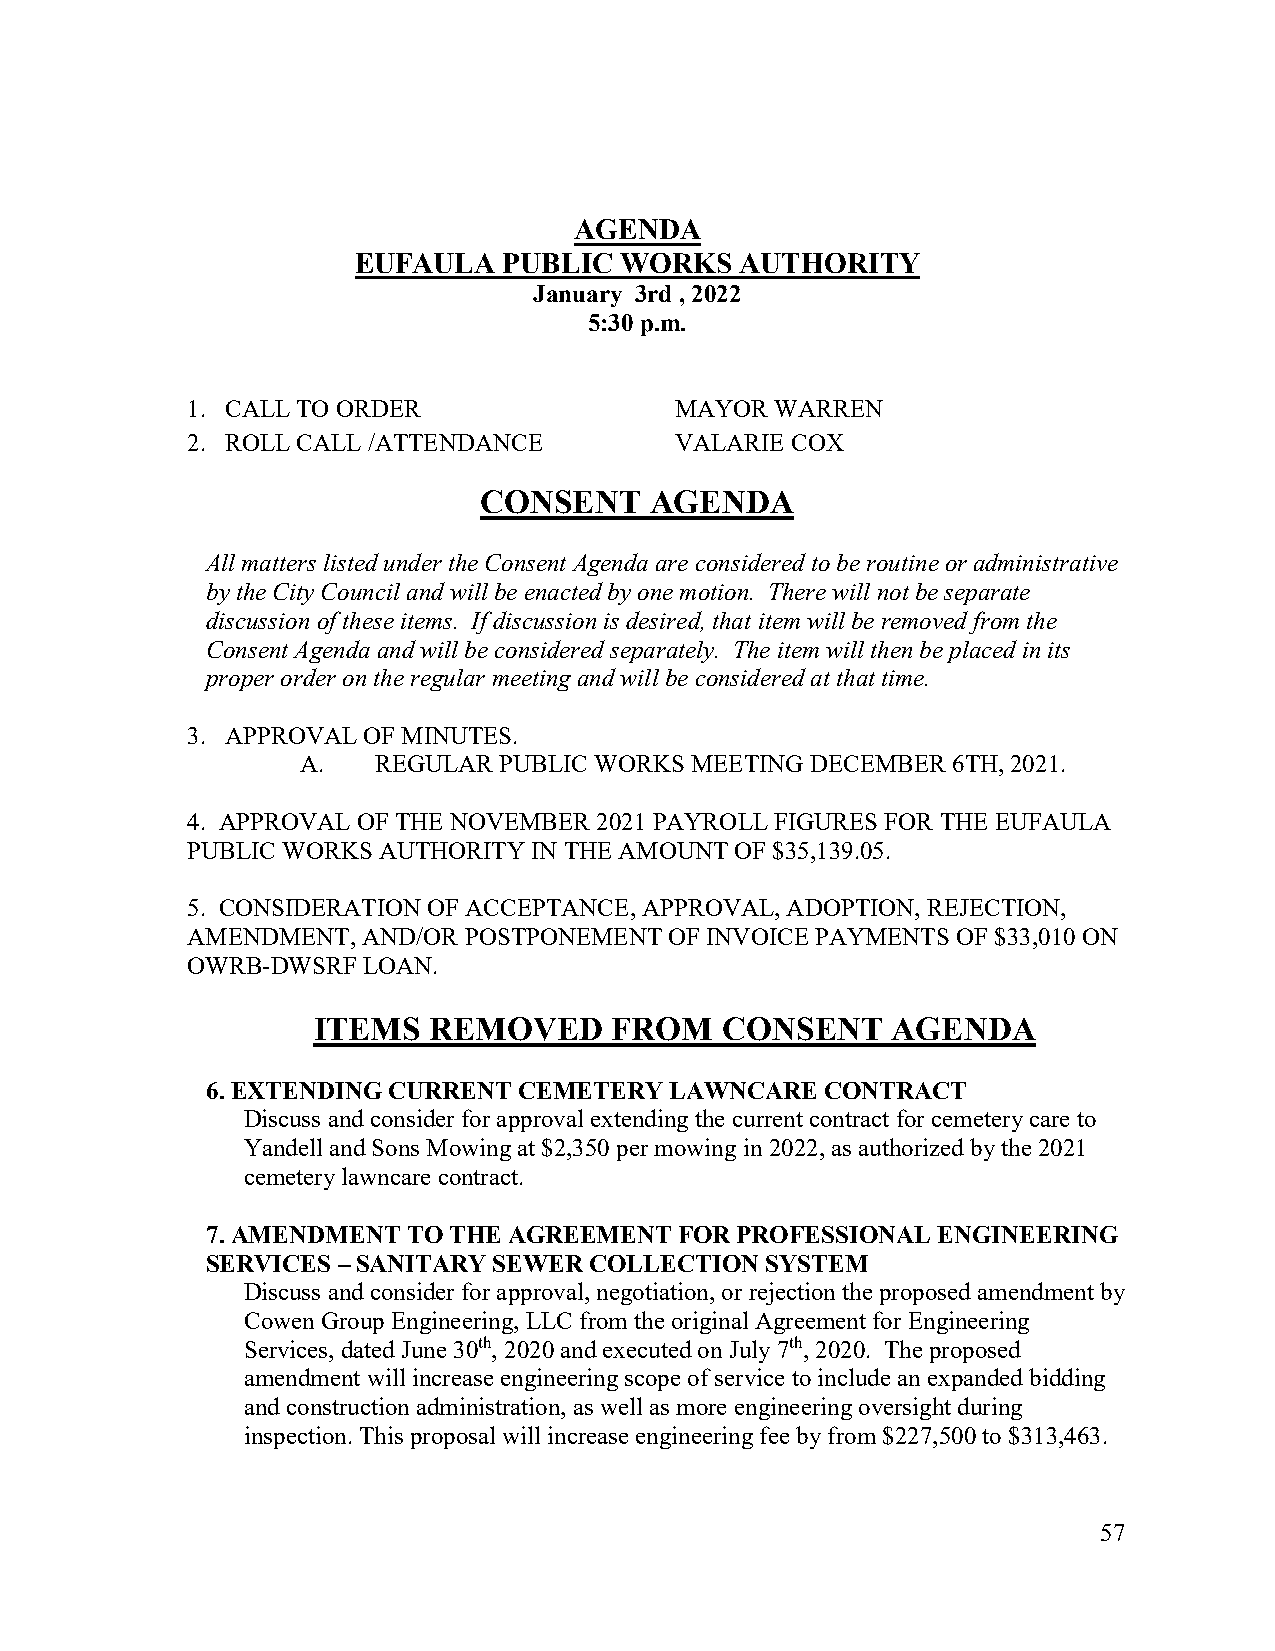
AGENDA
 EUFAULA  PUBLIC  WORKS   AUTHORITY
 January 3rd , 2022
 5:30 p.m.
 1. CALL TO ORDER                 MAYOR WARREN
 2. ROLL CALL /ATTENDANCE         VALARIE COX
 CONSENT    AGENDA
 All matters listed under the Consent Agenda are considered to be routine or administrative
 by the City Council and will be enacted by one motion. There will not be separate
 discussion of these items. If discussion is desired, that item will be removed from the
 Consent Agenda and will be considered separately. The item will then be placed in its
 proper order on the regular meeting and will be considered at that time.
 3. APPROVAL OF MINUTES.
 A.   REGULAR PUBLIC WORKS MEETING DECEMBER 6TH, 2021.
 4. APPROVAL OF THE NOVEMBER 2021 PAYROLL FIGURES FOR THE EUFAULA
 PUBLIC WORKS AUTHORITY IN THE AMOUNT OF $35,139.05.
 5. CONSIDERATION OF ACCEPTANCE, APPROVAL, ADOPTION, REJECTION,
 AMENDMENT,  AND/OR POSTPONEMENT OF INVOICE PAYMENTS OF $33,010 ON
 OWRB-DWSRF  LOAN.
 ITEMS  REMOVED      FROM   CONSENT    AGENDA
 6. EXTENDING CURRENT CEMETERY LAWNCARE   CONTRACT
 Discuss and consider for approval extending the current contract for cemetery care to
 Yandell and Sons Mowing at $2,350 per mowing in 2022, as authorized by the 2021
 cemetery lawncare contract.
 7. AMENDMENT TO THE AGREEMENT  FOR PROFESSIONAL ENGINEERING
 SERVICES – SANITARY SEWER COLLECTION SYSTEM
 Discuss and consider for approval, negotiation, or rejection the proposed amendment by
 Cowen Group Engineering, LLC from the original Agreement for Engineering
 Services, dated June 30th, 2020 and executed on July 7th, 2020. The proposed
 amendment will increase engineering scope of service to include an expanded bidding
 and construction administration, as well as more engineering oversight during
 inspection. This proposal will increase engineering fee by from $227,500 to $313,463.
 57